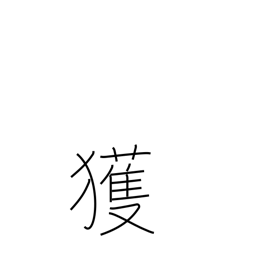
Meaning: find